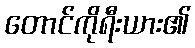
တောင်ကိုရီးယား၏